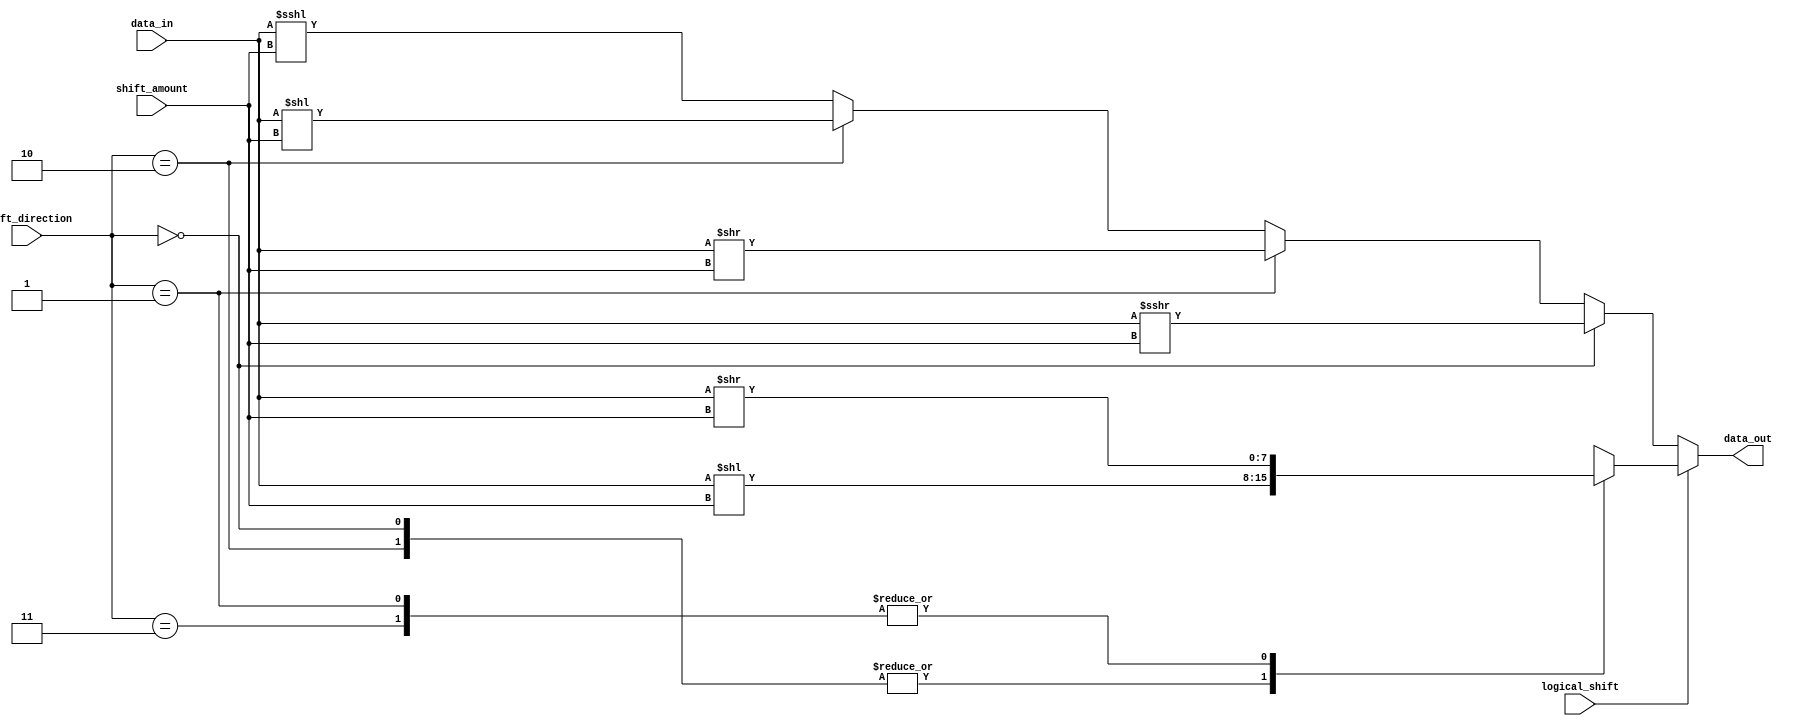
module barrel_shifter (
    input wire [7:0] data_in,
    input wire [2:0] shift_amount,
    input wire logical_shift,
    input wire [1:0] shift_direction,
    output reg [7:0] data_out
);

reg [7:0] shift_temp;

always @ (data_in or shift_amount or logical_shift or shift_direction) begin
    if (logical_shift) begin
        case (shift_direction)
            2'b00: shift_temp = data_in << shift_amount;
            2'b01: shift_temp = data_in >> shift_amount;
            2'b10: shift_temp = data_in << shift_amount;
            2'b11: shift_temp = data_in >> shift_amount;
        endcase
    end
    else begin
        if (shift_direction == 2'b00) begin
            shift_temp = $signed(data_in) >>> shift_amount;
        end
        else if (shift_direction == 2'b01) begin
            shift_temp = $signed(data_in) >> shift_amount;
        end
        else if (shift_direction == 2'b10) begin
            shift_temp = $signed(data_in) << shift_amount;
        end
        else begin
            shift_temp = $signed(data_in) <<< shift_amount;
        end
    end
end

assign data_out = shift_temp;

endmodule